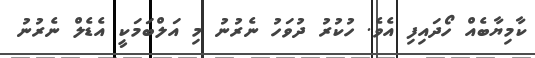
ކާމިޔާބެއް ހޯދައިފި އެވެ. ހުކުރު ދުވަހު ނެރުނު މި އަލްބަމަކީ އެޑެލް ނެރުނު